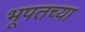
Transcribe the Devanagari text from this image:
भूपतच्या